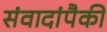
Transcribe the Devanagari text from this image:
संवादांपैकी